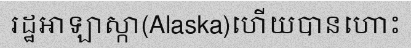
រដ្ឋអាឡាស្កា(Alaska)ហើយបានហោះ